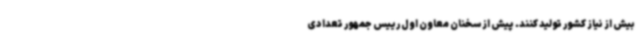
بیش از نیاز کشور تولید کنند. پیش از سخنان معاون اول رییس جمهور تعدادی